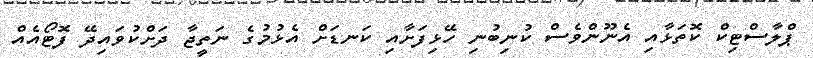
ޕްލާސްޓިކް ކޮތަޅާއި އެނޫންވެސް ކުނިބުނި ހޭޅިފަށާއި ކަނޑަށް އެޅުމުގެ ނަތީޖާ ދަށްކުވައިދޭ ފޮޓޯއެއް